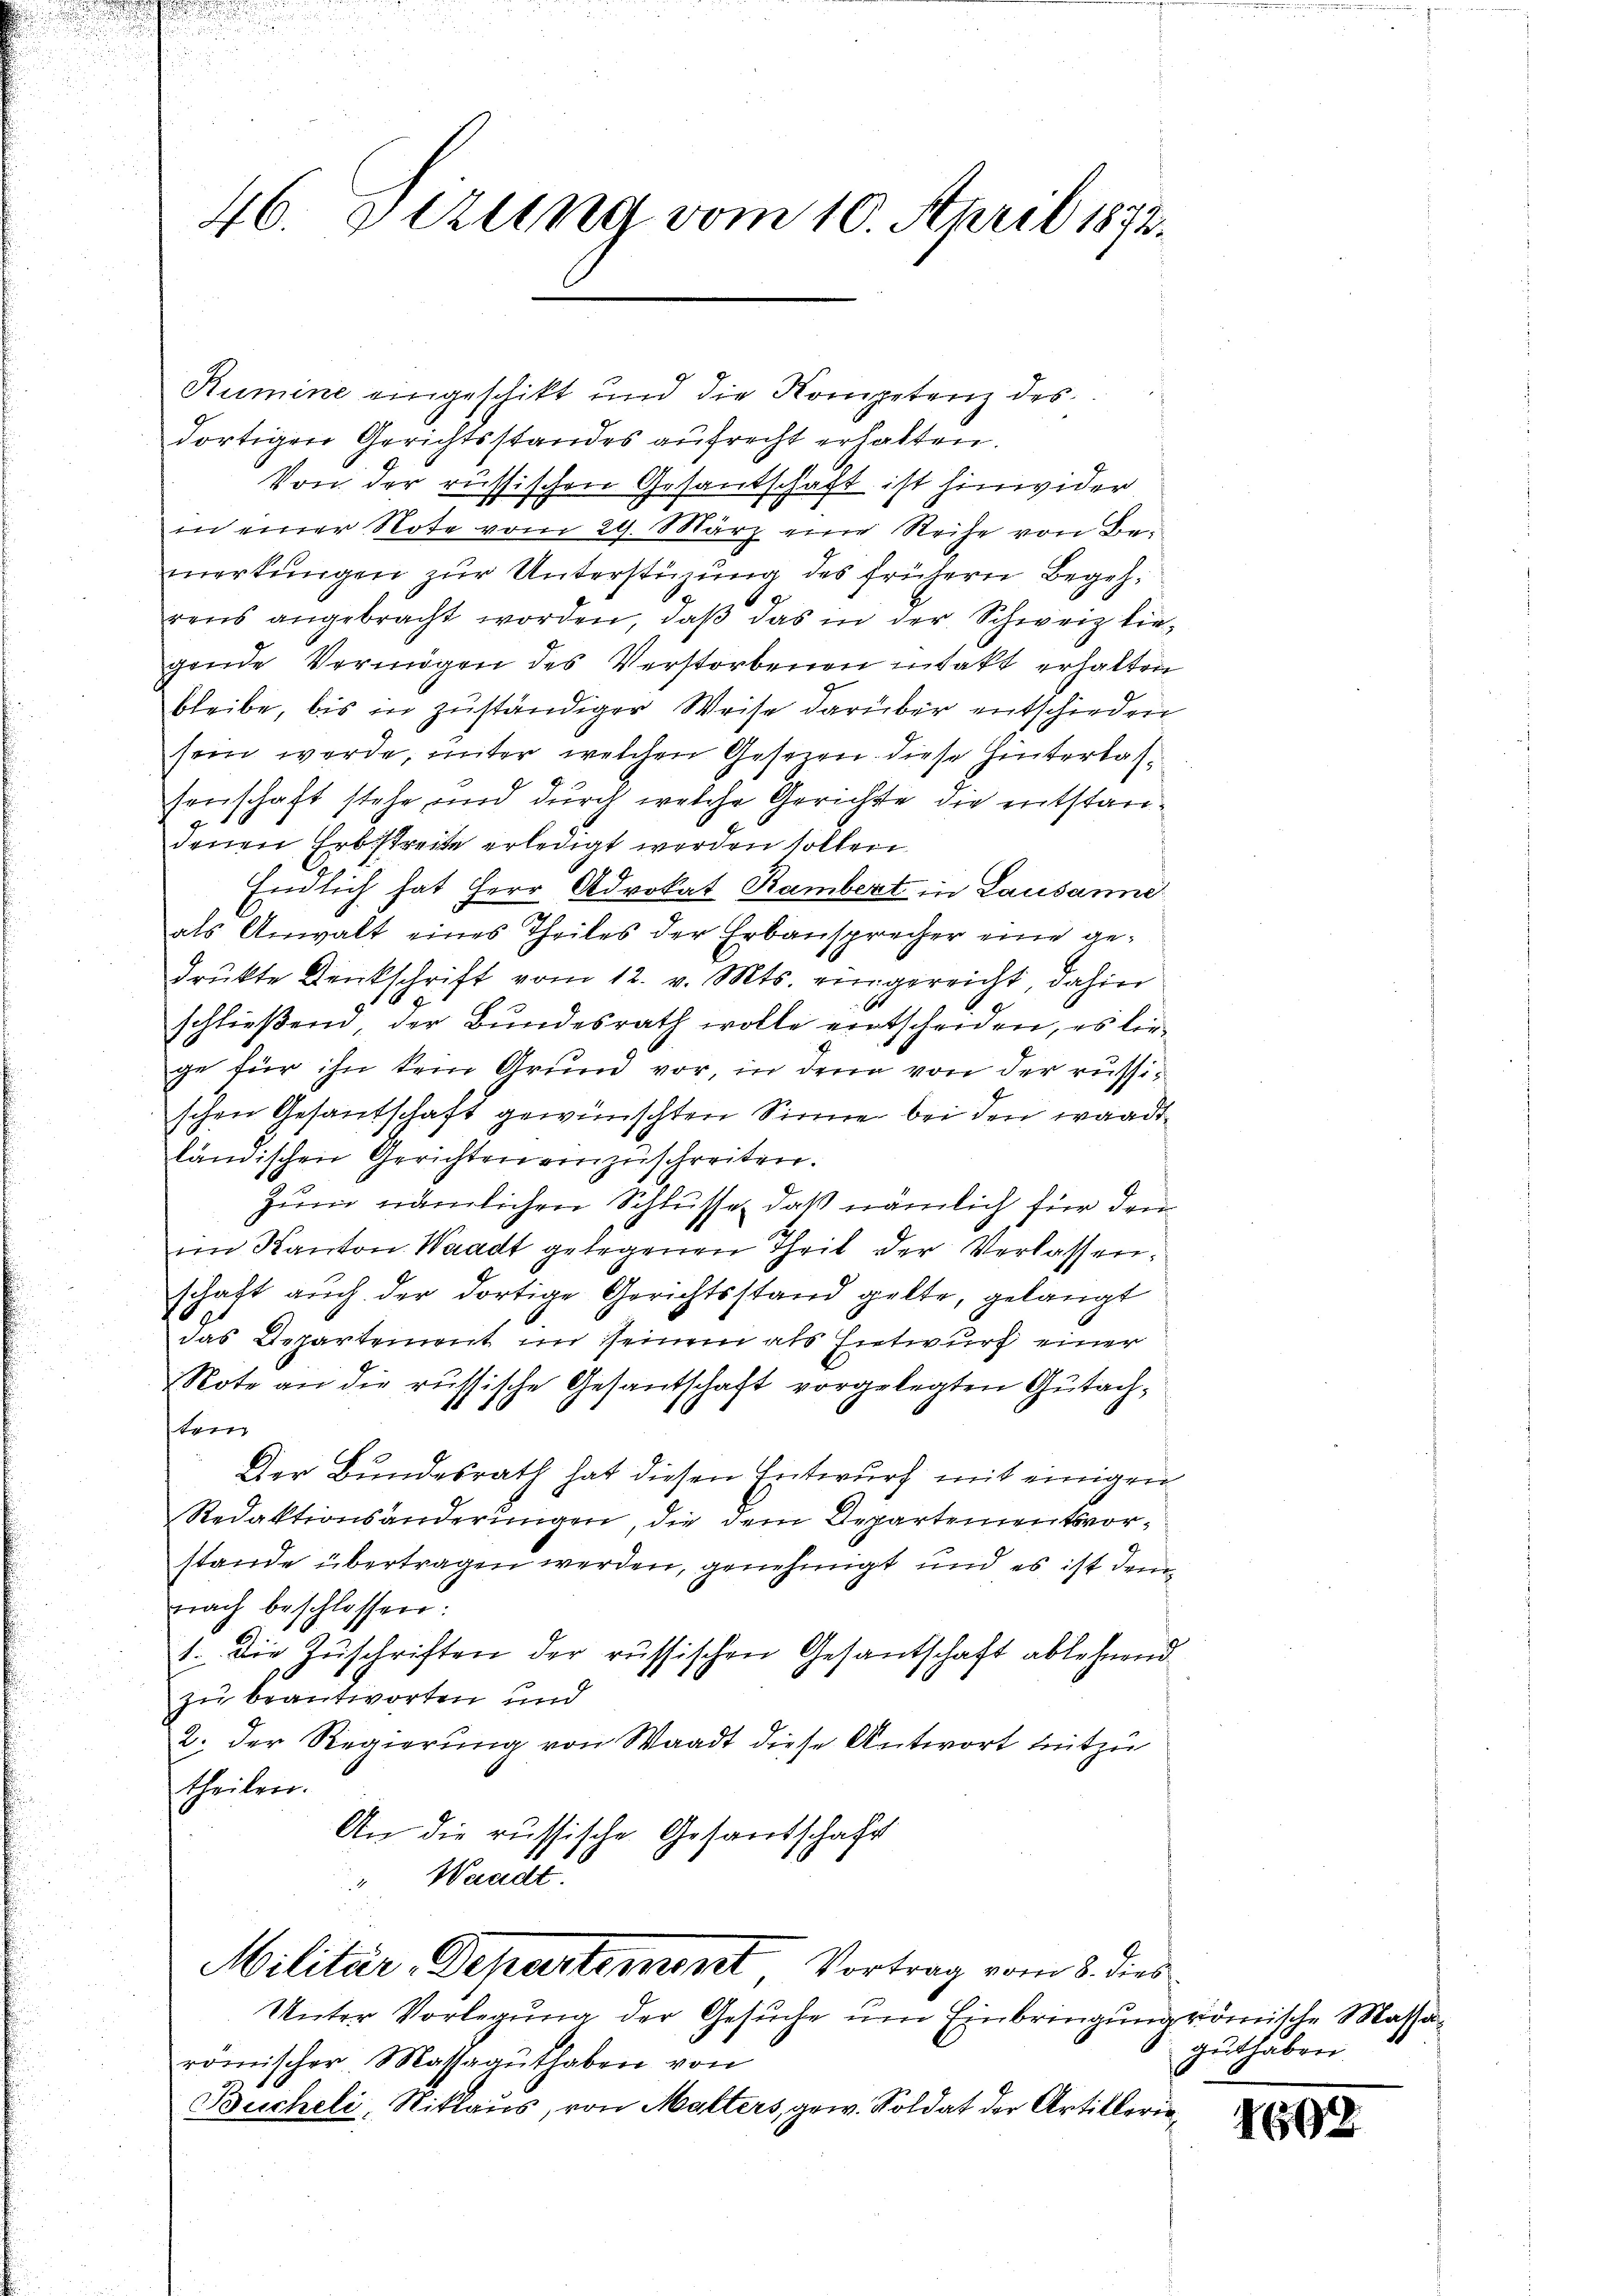
46. Dezung vom 10. April 1872.

Rumine eingeschikt und die Kompetenz des
dortigen Gerichtsstandes aufrecht erhalten.
Von der russischen Gesandschaft ist hinwider
in einer Note vom 29. März eine Reihe von Be-
merkŭngen zŭr Unterstüzung des frühern Begehrens angebracht worden, daβ das in der Schweiz lie-
gende Vermögen des Verstorbenen intakt erhalten
bleibe, bis in zuständiger Weise darüber entschieden
sein werde, unter welchen Gesetzen diese Hinterlassenschaft stehe und durch welche Gerichte die entstandenen Erbsstreite erledigt werden sollen.
Endlich hat Herr Advokat Rambert in Lausanne
als Anwalt eines Theiles der Erbausprecher eine gedrukte Denkschrift vom 12. v. Mts. eingereicht, dahin
schließend, der Bundesrath wolle entscheiden, es liege für ihn kein Grund vor, in dem von der russischen Gesantschaft gewünschten Sinne bei den waadt
ländischen Gerichten einzuschreiten.
Zum nämlichen Schlüsse, daß nämlich für den
im Kanton Waadt gelegenen Theil der Verlassenschaft auch der dortige Gerichtsstand gelte, gelangt
das Departement im seinem als Entwurf einer
Note an die russische Gesantschaft vorgelegten Gutachte
Der Bundesrath hat diesen Entwurf mit einigen
Redaktionsänderungen, die dem Departementsvorstande übertragen werden, genehmigt und es ist dem
nach beschlossen:
1. Die Zuschriften der russischen Gesantschaft ablehnend
zu beantworten und
2. der Regierung von Waadt diese Antwort mitzu
theilen.
An die russische Gesandschaft
" Waadt.

Militär-Departement Vortrag vom 8. dies
Unter Vorlegung der Gesuche um Einbringung römische Massa¬

römischer Massaguthaben von
Bucheli, Niklaus, von Malters, gew. Soldat der Artiklerin¬

guthaben

1692